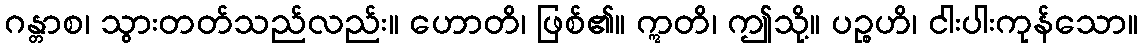
ဂန္တာစ၊ သွားတတ်သည်လည်း။ ဟောတိ၊ ဖြစ်၏။ ဣတိ၊ ဤသို့။ ပဉ္စဟိ၊ ငါးပါးကုန်သော။